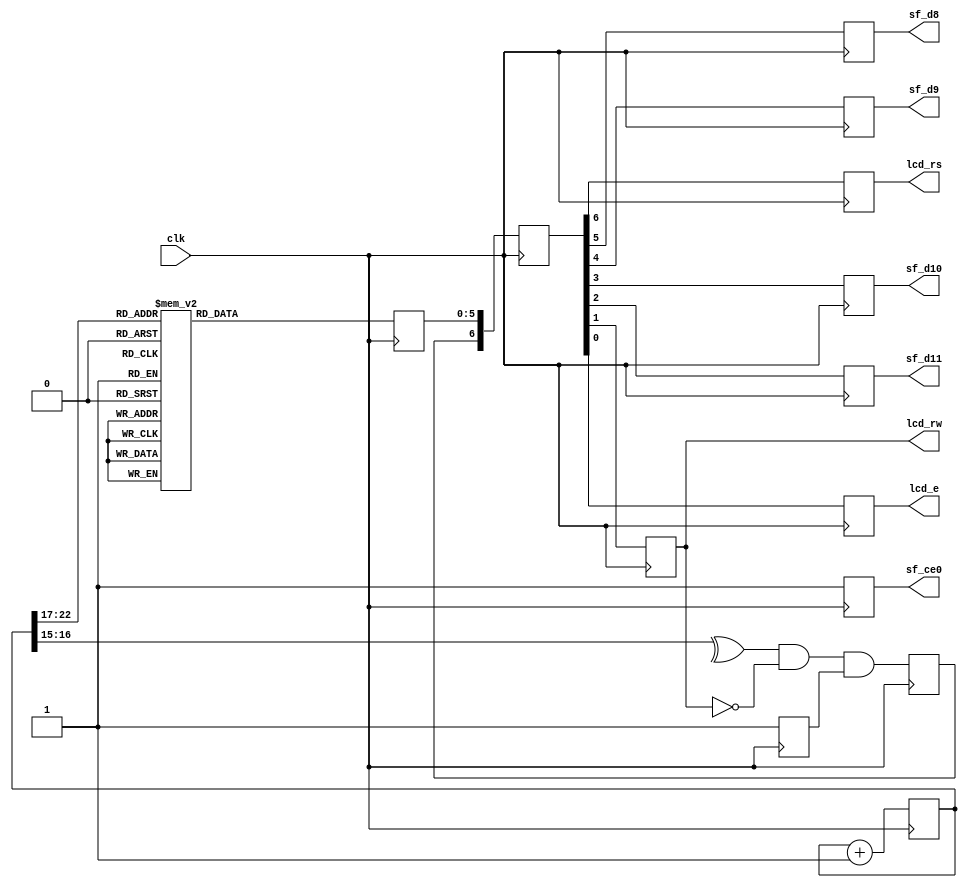
module lcd(clk, lcd_rs, sf_d8, sf_d9, sf_d10, sf_d11, lcd_rw, lcd_e, sf_ce0);
    parameter k = 15;
    input clk;
    output lcd_rs, sf_d8, sf_d9, sf_d10, sf_d11, lcd_rw, lcd_e, sf_ce0;

    reg lcd_rs, sf_d8, sf_d9, sf_d10, sf_d11, lcd_rw, lcd_e, sf_ce0;
    reg [k+8-1:0] count;
    reg lcd_busy;
    reg [5:0] lcd_char;
    reg lcd_stb;
    reg [6:0] lcd_intf_signals;

    always @ (posedge clk)
        begin
            count <= count + 1;
            lcd_busy <= 1'b1;
            sf_ce0 <= 1; //-- disables Intel StrataFlash memory

            case (count[k+7:k+2])
                0: lcd_char <= 6'h03; //-- power-on initialization
                1: lcd_char <= 6'h03;

                2: lcd_char <= 6'h03; //-- power-on initialization continued
                3: lcd_char <= 6'h02;

                4: lcd_char <= 6'h02; //-- configures lcd for operation on Spartan 3E FPGA
                5: lcd_char <= 6'h08;

                6: lcd_char <= 6'h00; //-- sets lcd to automatically increment address pointer
                7: lcd_char <= 6'h06;

                8: lcd_char <= 6'h00; //-- turns lcd on and disables cursor and blinking
                9: lcd_char <= 6'h0C;

                10: lcd_char <= 6'h00; //-- clears lcd
                11: lcd_char <= 6'h01;

                12: lcd_char <= 6'h24; //-- H
                13: lcd_char <= 6'h28;

                14: lcd_char <= 6'h26; //-- e
                15: lcd_char <= 6'h25;

                16: lcd_char <= 6'h26; //-- l
                17: lcd_char <= 6'h2C;

                18: lcd_char <= 6'h26; //-- l
                19: lcd_char <= 6'h2C;

                20: lcd_char <= 6'h26; //-- o
                21: lcd_char <= 6'h2F;

                22: lcd_char <= 6'h22; //--
                23: lcd_char <= 6'h20;

                24: lcd_char <= 6'h25; //-- S
                25: lcd_char <= 6'h23;

                26: lcd_char <= 6'h26; //-- e
                27: lcd_char <= 6'h25;

                28: lcd_char <= 6'h26; //-- a
                29: lcd_char <= 6'h21;

                30: lcd_char <= 6'h26; //-- n
                31: lcd_char <= 6'h2E;

                32: lcd_char <= 6'h22; //-- !
                33: lcd_char <= 6'h21;

                default: lcd_char <= 6'h10;
            endcase

            lcd_stb <= ^count[k+1:k+0] & ~lcd_rw & lcd_busy;
            lcd_intf_signals <= {lcd_stb, lcd_char};
            {lcd_rs, sf_d8, sf_d9, sf_d10, sf_d11, lcd_rw, lcd_e} <= lcd_intf_signals;
        end
endmodule